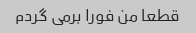
قطعا من فورا برمی گردم